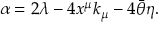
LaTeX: \alpha = 2 \lambda - 4 x ^ { \mu } k _ { \mu } - 4 \bar { \theta } \eta .